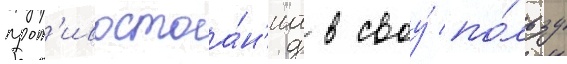
прот'ивостоа́н'иа в своу́ по́льзу